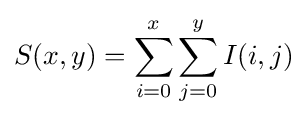
S(x,y)=\sum _{i=0}^{x}\sum _{j=0}^{y}I(i,j)